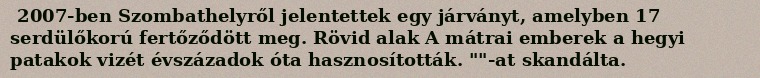
2007-ben Szombathelyről jelentettek egy járványt, amelyben 17 serdülőkorú fertőződött meg. Rövid alak A mátrai emberek a hegyi patakok vizét évszázadok óta hasznosították. ""-at skandálta.